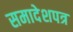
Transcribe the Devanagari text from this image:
समादेशपत्र